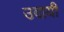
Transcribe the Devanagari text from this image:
उदायी